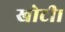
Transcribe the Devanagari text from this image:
खोटी।